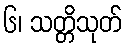
၆၊ သတ္တိသုတ်